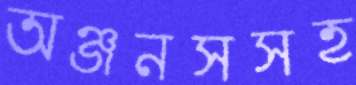
অঞ্জনসসহ